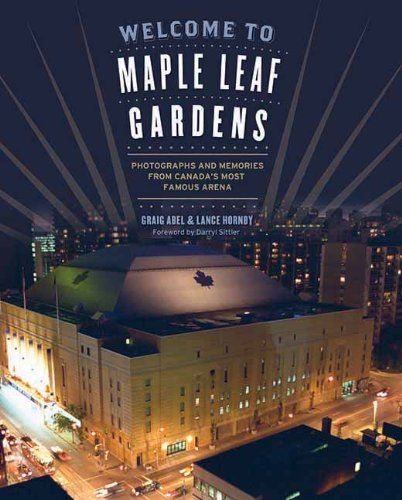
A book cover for Welcome to Maple Leaf Gardens: Photographs and Memories from CanadaEEs Most Famous Arena; Graig Abel; Sports & Outdoors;